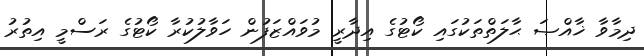
ދިމާވާ ޚާއްޞަ ޙާލަތްތަކުގައި ކޯޓުގެ އިދާރީ މުވައްޒަފުން ހަވާލުކުރާ ކޯޓުގެ ރަސްމީ އިތުރު